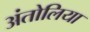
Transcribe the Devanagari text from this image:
अंतोलिया